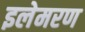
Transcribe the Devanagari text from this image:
इलेमरण